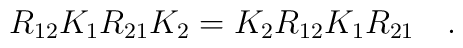
R_{12}K_1R_{21}K_2= K_2R_{12}K_1R_{21} \quad.